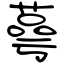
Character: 萼